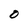
Character: O